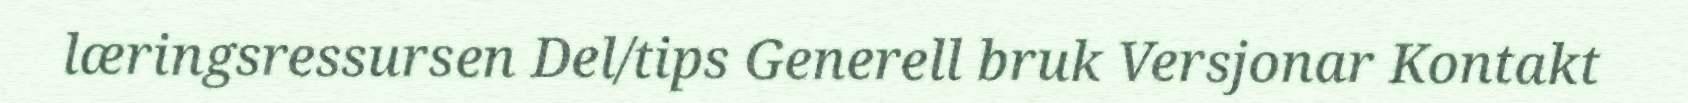
læringsressursen Del/tips Generell bruk Versjonar Kontakt